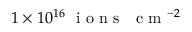
1 \times 1 0 ^ { 1 6 } ~ \mathrm { ~ i ~ o ~ n ~ s ~ } ~ \mathrm { ~ c ~ m ~ } ^ { - 2 }